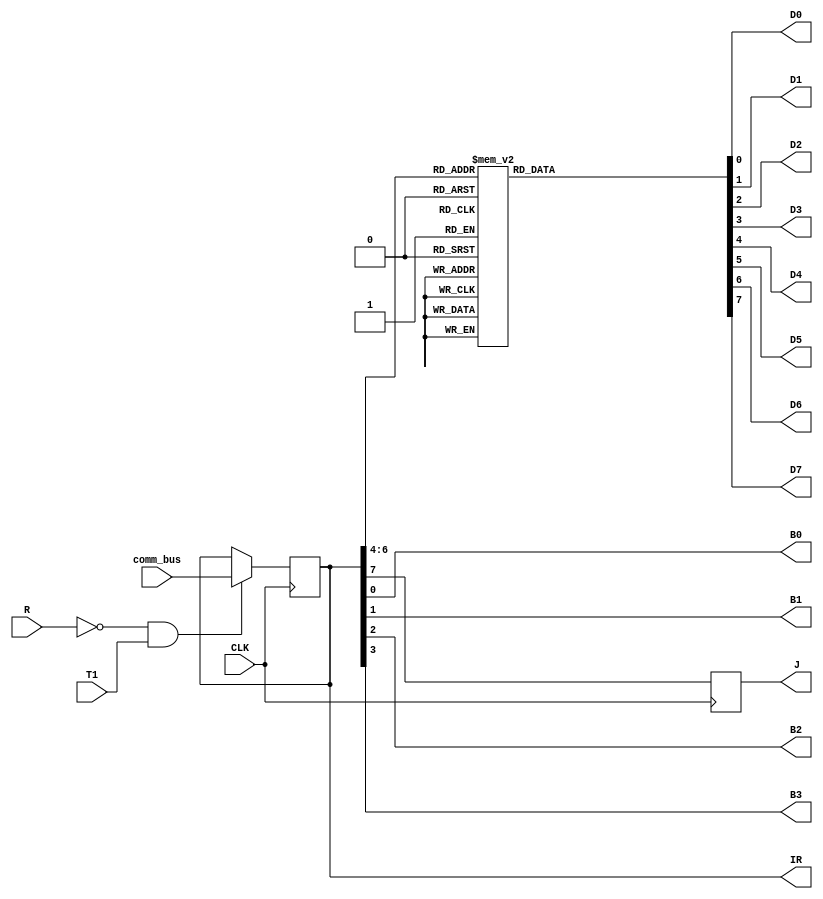
`timescale 1ns / 1ps
//////////////////////////////////////////////////////////////////////////////////
// Company: 
// Engineer: 
// 
// Design Name: 
// Module Name: Instruction_Register
// Project Name: 
// Target Devices: 
// Tool Versions: 
// Description: 
// 
// Dependencies: 
// 
// Revision:
// Revision 0.01 - File Created
// Additional Comments:
// 
//////////////////////////////////////////////////////////////////////////////////


module Instruction_Register(
 input CLK,          
 input R,
 input T1,
 input [7:0] comm_bus, 
 output reg [7:0] IR,      
 output D0, D1, D2, D3, D4, D5, D6, D7,
 output B0,
 output B1,
 output B2,
 output B3,
 output reg  J
);

wire Load ;
wire IR4 , IR5 ,IR6 ;
reg [7:0] D ;

assign Load = ~R&T1 ;
assign B0 = IR[0]  ;
assign B1 = IR[1]  ;
assign B2 = IR[2]  ;
assign B3 = IR[3]  ;
assign IR4  = IR[4]  ;
assign IR5  = IR[5]  ;
assign IR6  = IR[6]  ;
assign D0 = D[0]  ;
assign D1 = D[1]  ;
assign D2 = D[2]  ;
assign D3 = D[3]  ;
assign D4 = D[4]  ; 
assign D5 = D[5]  ;
assign D6 = D[6]  ;
assign D7 = D[7]  ;

initial begin 
IR = 8'h00 ;
end 

always @(posedge CLK) begin
   J <= IR[7];               // D input of the flip-flop is connected to IR[7]
end
always @(posedge CLK) begin
   // Load data into the Instruction Register if IR_load is asserted
   if (Load) begin
       IR <= comm_bus;
   end
end
always @(*) begin
 // Decoder 3X8 to Decode op_code
 case({IR6,IR5,IR4}) 
   3'b000  : D = 8'b00000001  ;
   3'b001  : D = 8'b00000010  ;
   3'b010  : D = 8'b00000100  ;
   3'b011  : D = 8'b00001000  ;
   3'b100  : D = 8'b00010000  ;
   3'b101  : D = 8'b00100000  ;
   3'b110  : D = 8'b01000000  ;
   3'b111  : D = 8'b10000000  ;
   default : D = 8'b00000001  ;
 endcase   
 end 
  
endmodule